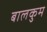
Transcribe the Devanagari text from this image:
बालकुम